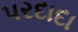
પરદાદા